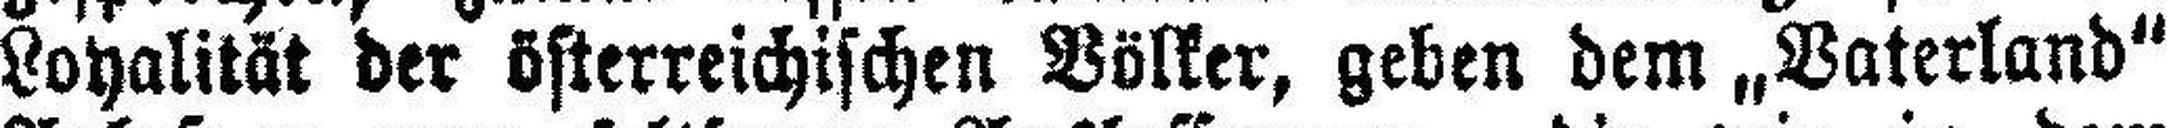
Loyalität der österreichischen Völker, geben dem „Vaterland“